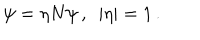
\psi = \eta N \psi \, , \ \ | \eta | = 1 \, .